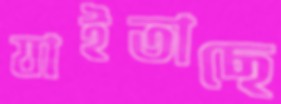
যাইতাছে